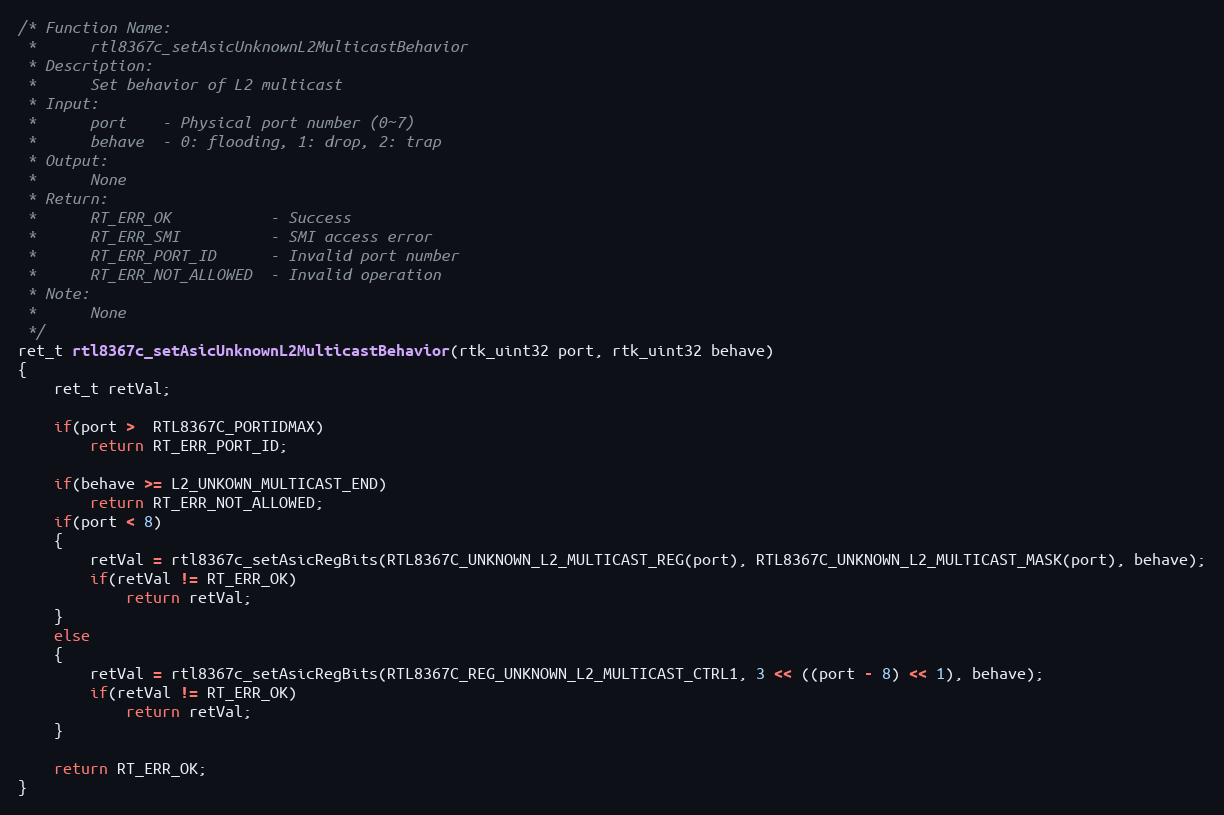
Language: C
/* Function Name:
 *      rtl8367c_setAsicUnknownL2MulticastBehavior
 * Description:
 *      Set behavior of L2 multicast
 * Input:
 *      port    - Physical port number (0~7)
 *      behave  - 0: flooding, 1: drop, 2: trap
 * Output:
 *      None
 * Return:
 *      RT_ERR_OK           - Success
 *      RT_ERR_SMI          - SMI access error
 *      RT_ERR_PORT_ID      - Invalid port number
 *      RT_ERR_NOT_ALLOWED  - Invalid operation
 * Note:
 *      None
 */
ret_t rtl8367c_setAsicUnknownL2MulticastBehavior(rtk_uint32 port, rtk_uint32 behave)
{
    ret_t retVal;

    if(port >  RTL8367C_PORTIDMAX)
        return RT_ERR_PORT_ID;

    if(behave >= L2_UNKOWN_MULTICAST_END)
        return RT_ERR_NOT_ALLOWED;
    if(port < 8)
    {
        retVal = rtl8367c_setAsicRegBits(RTL8367C_UNKNOWN_L2_MULTICAST_REG(port), RTL8367C_UNKNOWN_L2_MULTICAST_MASK(port), behave);
        if(retVal != RT_ERR_OK)
            return retVal;
    }
    else
    {
        retVal = rtl8367c_setAsicRegBits(RTL8367C_REG_UNKNOWN_L2_MULTICAST_CTRL1, 3 << ((port - 8) << 1), behave);
        if(retVal != RT_ERR_OK)
            return retVal;
    }

    return RT_ERR_OK;
}